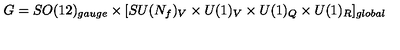
G = S O ( 1 2 ) _ { g a u g e } \times [ S U ( N _ { f } ) _ { V } \times U ( 1 ) _ { V } \times U ( 1 ) _ { Q } \times U ( 1 ) _ { R } ] _ { g l o b a l }